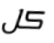
كل